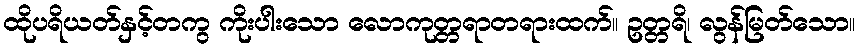
ထိုပရိယတ်နှင့်တကွ ကိုးပါးသော လောကုတ္တရာတရားထက်။ ဥတ္တရိ၊ လွန်မြတ်သော။